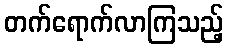
တက်ရောက်လာကြသည့်